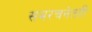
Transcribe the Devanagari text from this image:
समरचनेतही